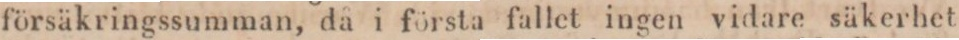
försäkringssumman, då i första fallet ingen vidare säkerhet